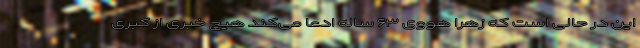
این در حالی است که زهرا هووی ۶۳ ساله ادعا می‌کند هیچ خبری از کبری